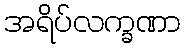
အရိပ်လက္ခဏာ